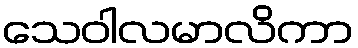
သေဝါလမာလိကာ